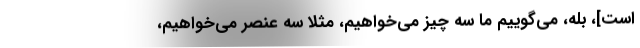
است]، بله، می‌گوییم ما سه چیز می‌خواهیم، مثلاً سه عنصر می‌خواهیم،